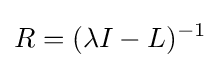
R=(\lambda I-L)^{-1}